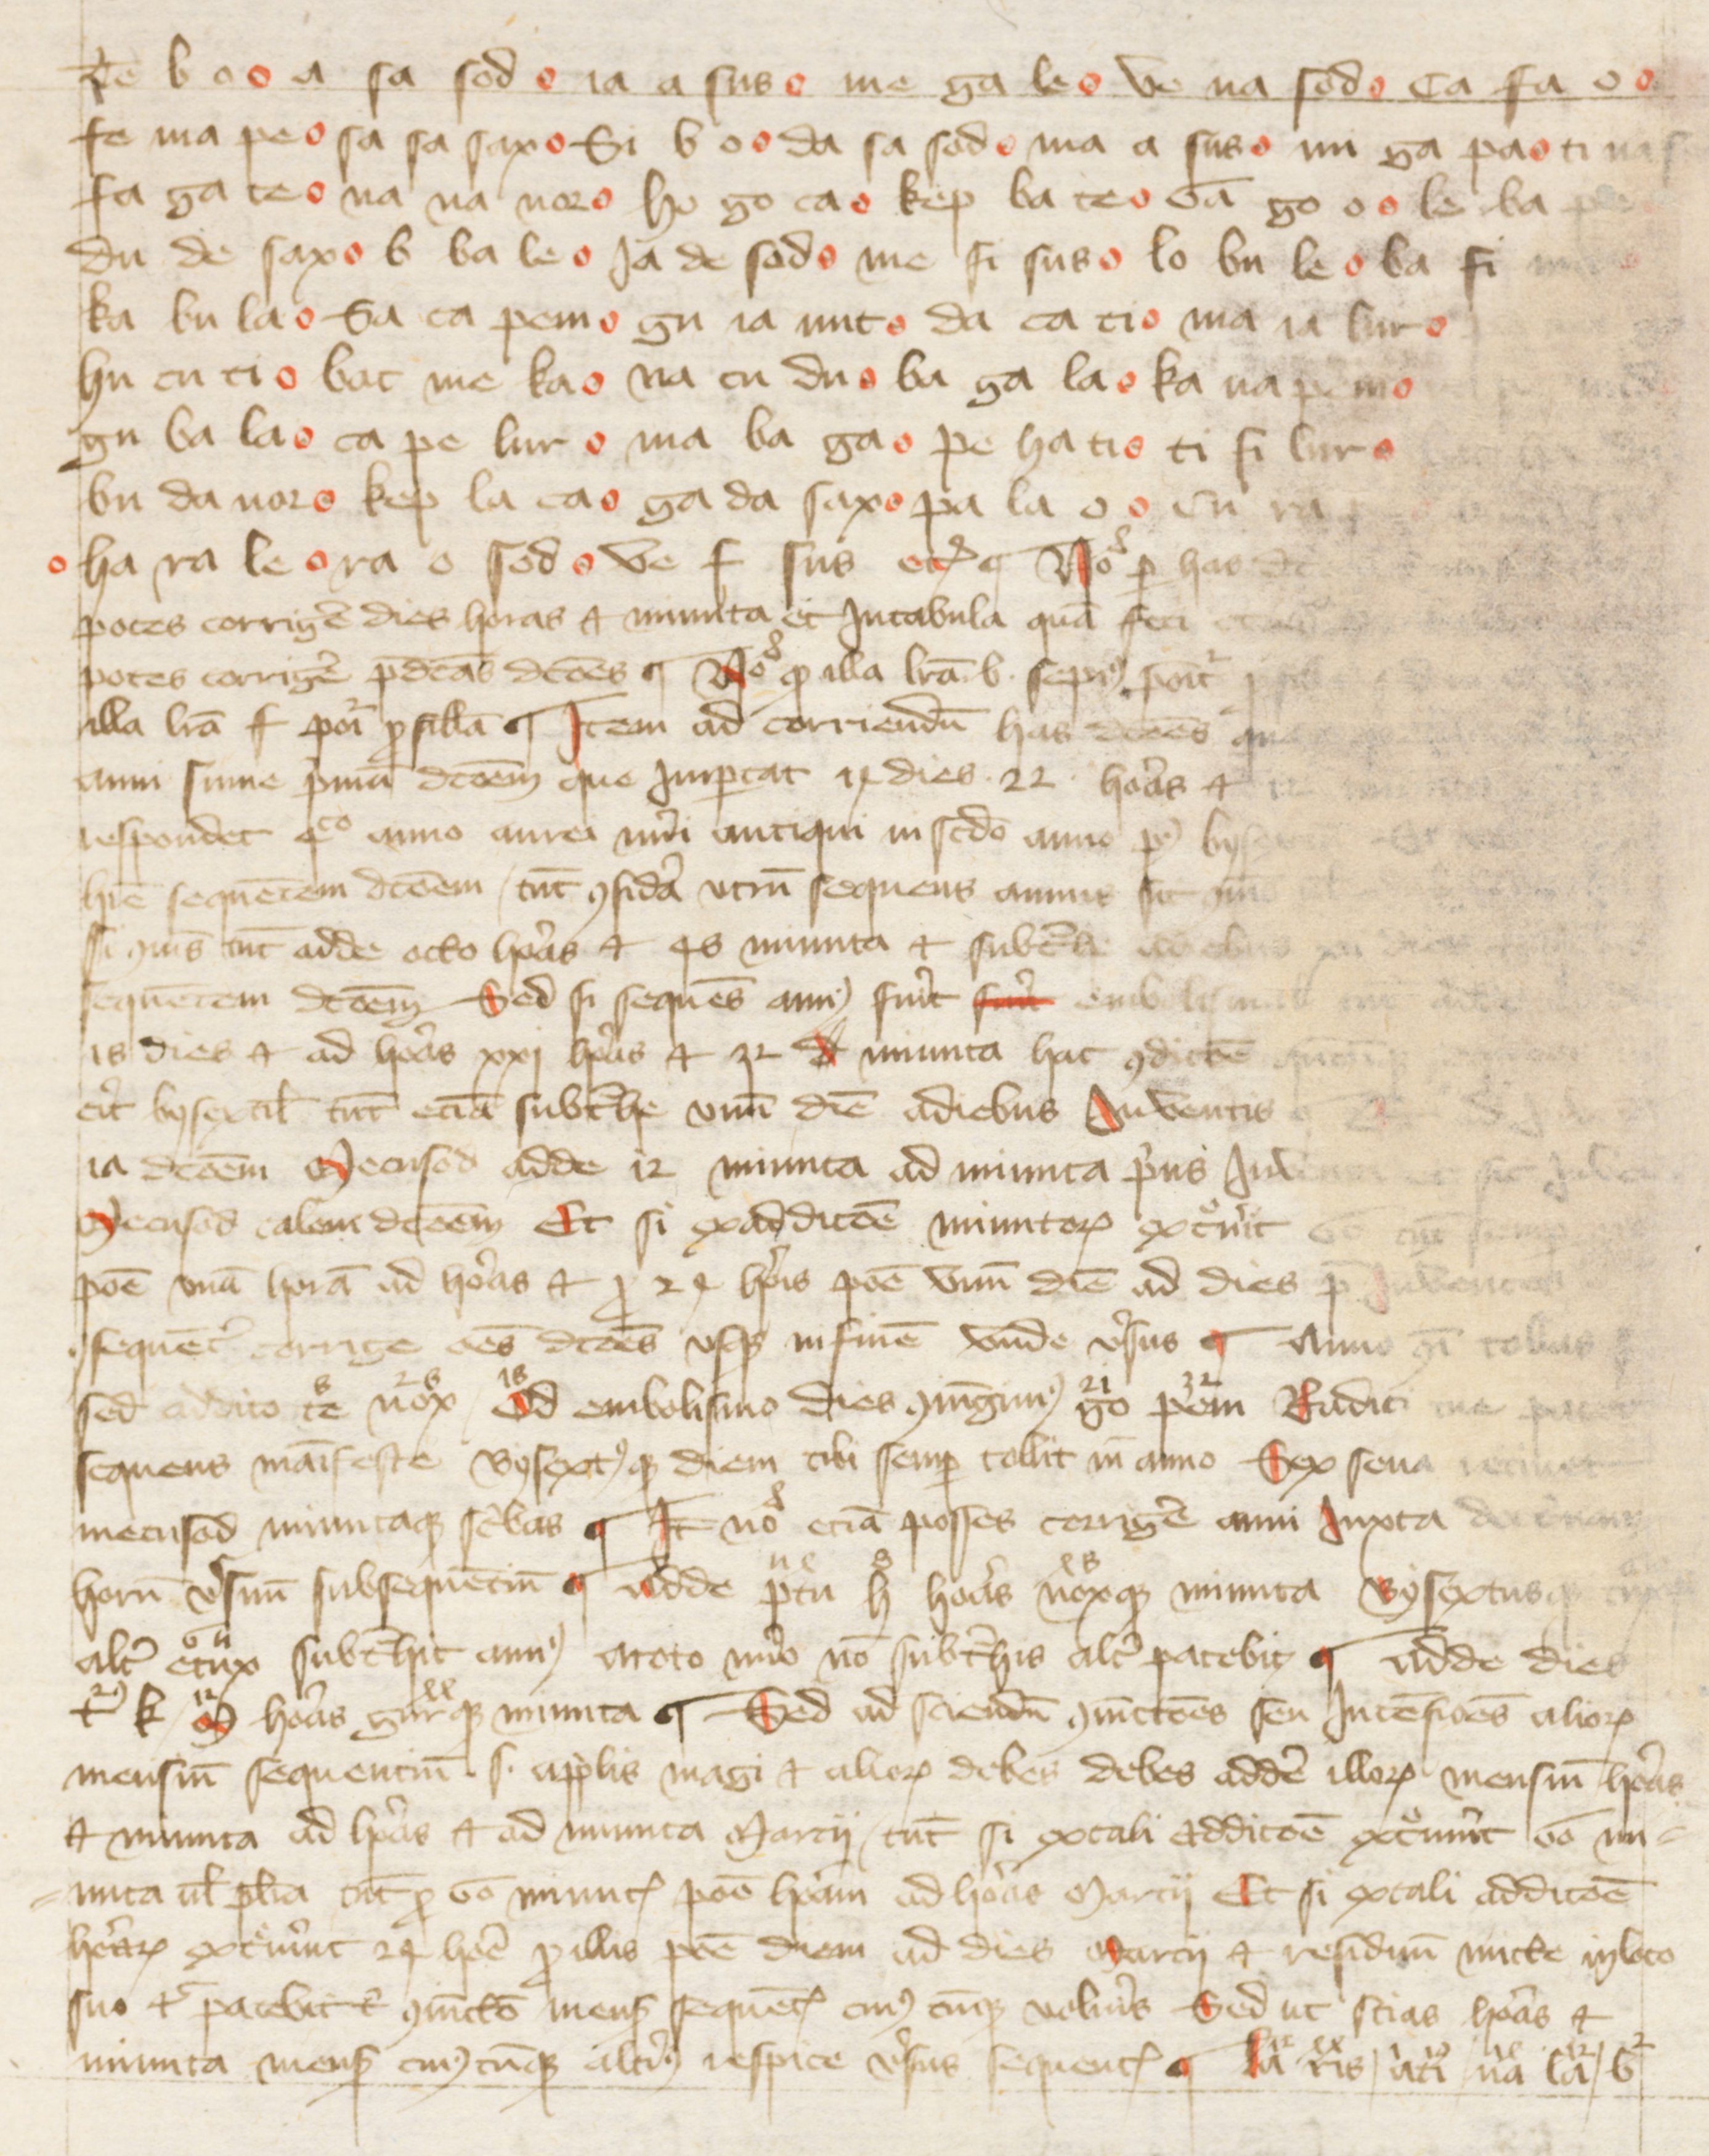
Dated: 1388–1394